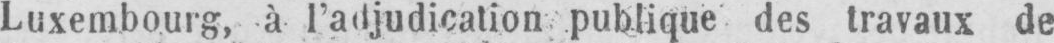
Luxembourg, à l’adjudication publique des travaux de